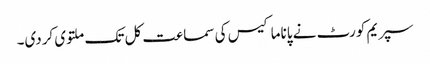
سپریم کورٹ نے پاناما کیس کی سماعت کل تک ملتوی کردی۔